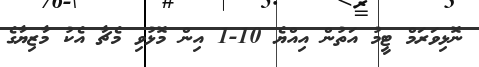
ނޮޅިވަރަމް ޓީމު އަތުން އިއްޔެ 10-1 އިން މޮޅުވި މެޗާ އެކު މާޒިޔާގެ